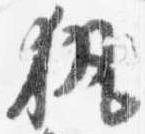
執